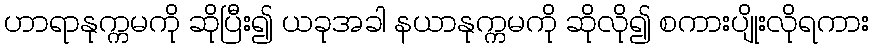
ဟာရာနုက္ကမကို ဆိုပြီး၍ ယခုအခါ နယာနုက္ကမကို ဆိုလို၍ စကားပျိုးလိုရကား